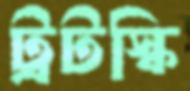
ট্রটস্কি